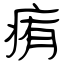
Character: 痏